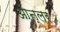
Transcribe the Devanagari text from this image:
ओन्लर